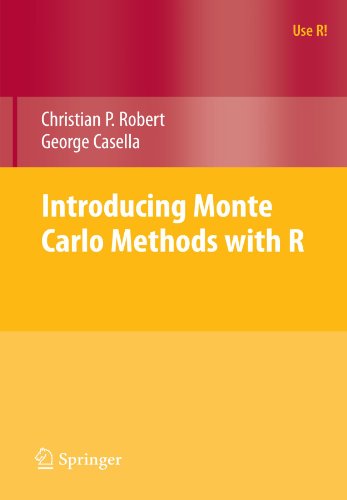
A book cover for Introducing Monte Carlo Methods with R (Use R!); Christian P. Robert; Computers & Technology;